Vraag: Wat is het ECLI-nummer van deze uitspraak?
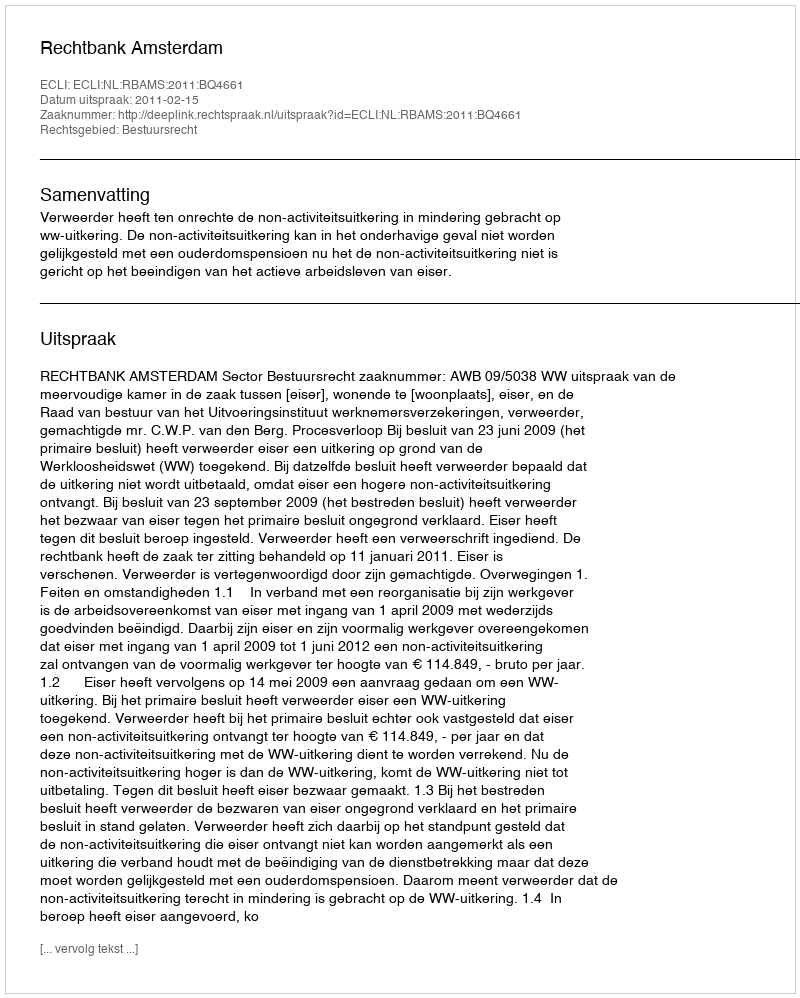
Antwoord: ECLI:NL:RBAMS:2011:BQ4661